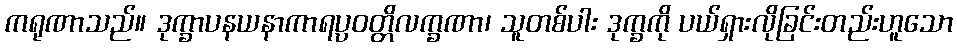
ကရုဏာသည်။ ဒုက္ခာပနယနာကာရပ္ပဝတ္တိလက္ခဏာ၊ သူတစ်ပါး ဒုက္ခကို ပယ်ရှားလိုခြင်းတည်းဟူသော